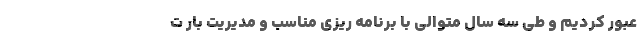
عبور کردیم و طی سه سال متوالی با برنامه ریزی مناسب و مدیریت بار ت